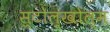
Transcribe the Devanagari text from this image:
स्टोल्खोल्म